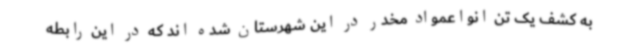
به کشف یک تن انواعمواد مخدر در این شهرستان شده اند که در این رابطه